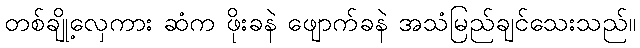
တစ်ချို့လှေကား ဆံက ဖိုးခနဲ ဖျောက်ခနဲ အသံမြည်ချင်သေးသည်။